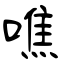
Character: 噍